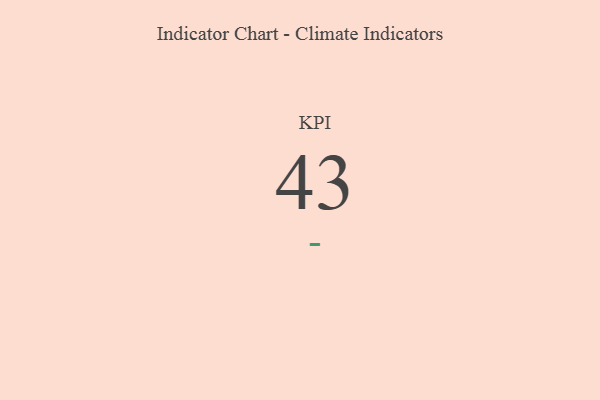
{"axis": {"x": "KPI", "y": "Value"}, "legend": [""], "data": [{"x": "KPI", "y": 43, "type": ""}]}